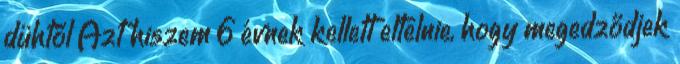
dühtől Azt hiszem 6 évnek kellett eltelnie, hogy megedződjek